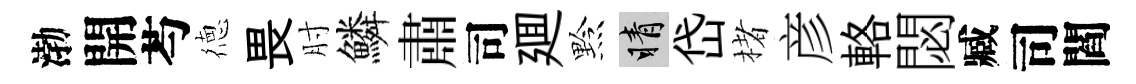
渤開芍徳畏肘鱗肅司廽黔睛岱楮彦輅閟臧司閻